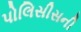
પોલિસીસની